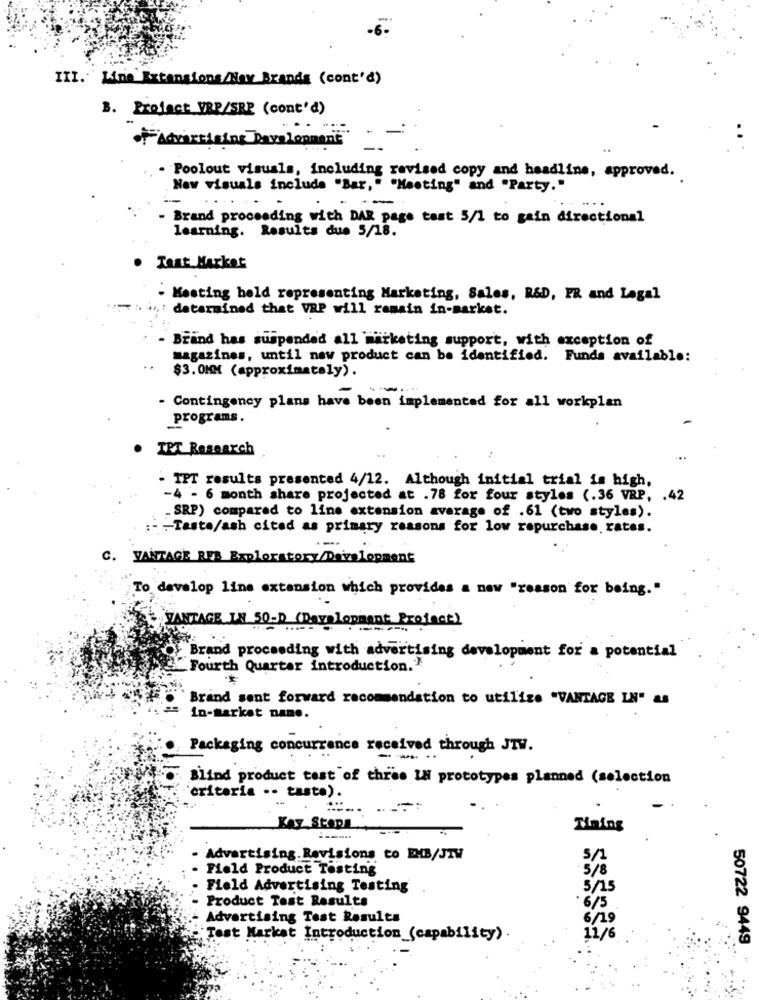
III. Line Extensions/Nav Brands (cont'd)
B. Project VRE/SRE (cont'd)
OFAdvertising PaysLopment"
· Poolout visuals, including revised copy and headline, approved.
Now visuals include "Bar," "Meeting" and "Party."
--
- Brand proceeding with DAR page tast 5/1 to gain directional
learning. Results due 5/18.
. Tant Market
· Meeting held representing Marketing, Sales, R&D, PR and Legal
datarmined that VAP will remain in-market.
- Brand has suspended all marketing support, with exception of
magazines, until new product can be identified. Funds available:
$3.0MM (approximately).
- Contingency plans have been implemented for all workplan
programs.
TET Research
- TFT results presented 4/12. Although initial trial is high,
-4 - 6 month share projected at .78 for four styles (.36 VRP, . 42
-SRP) compared to line extension average of .61 (two styles).
- -- Taste/ash cited as primary reasons for low repurchase. rates.
C. VANTAGE RES Exploratory/Development
To develop line extension which provides a new "reason for being."
VANTAGE IN 50-D (Development Project)
Of Brand proceeding with advertising development for a potential
"Fourth Quarter introduction."
Brand sent forward recommendation to utilize "VANTAGE IN" as
in-market name.
Packaging concurrence received through JTW.
Blind product test of three IN prototypes planned (selection
criteria -- taste).
Kay Stops
Timing
Advertising. Revisions to EMIB/JTW
5/1
Field Product Testing
5/8
Field Advertising Testing
5/15
Product Test Results
.6/5
Advertising Test Results
6/19
Test Market Introduction_(capability).
11/6
50722 9449